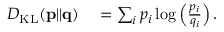
\begin{array} { r l } { D _ { \mathrm { K L } } ( \mathbf { p } \| \mathbf { q } ) } & { { } = \sum _ { i } p _ { i } \log \left( \frac { p _ { i } } { q _ { i } } \right) . } \end{array}